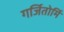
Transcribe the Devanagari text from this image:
गर्जितोर्मि